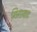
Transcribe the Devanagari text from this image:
गिगावाट